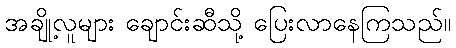
အချို့လူများ ချောင်းဆီသို့ ပြေးလာနေကြသည်။